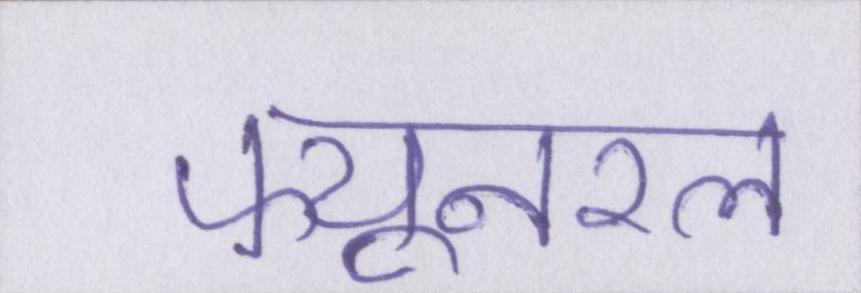
फ्यूनरल